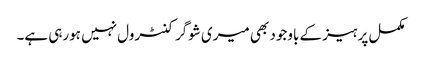
مکمل پرہیز کے باوجود بھی میری شوگر کنٹرول نہیں ہورہی ہے۔